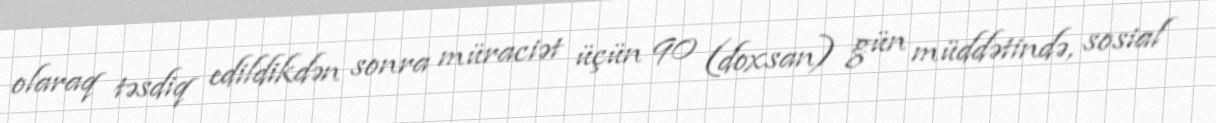
olaraq təsdiq edildikdən sonra müraciət üçün 90 (doxsan) gün müddətində, sosial